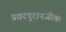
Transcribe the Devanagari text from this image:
प्रवरपुरानजीक